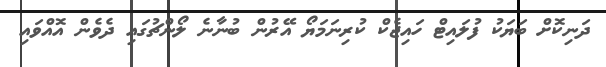
ދަނިކޮށް ބަޔަކު ފުލައިޓް ހައިޖެކް ކުރިނަމަޔޯ އޭރުން ބުނާނެ ލޯންޗުގައި ދެވެން އޮއްވައި